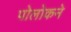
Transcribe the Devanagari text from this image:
पोलोकने